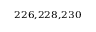
^ { 2 2 6 , 2 2 8 , 2 3 0 }